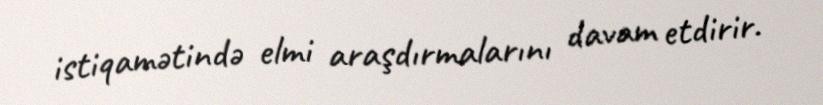
istiqamətində elmi araşdırmalarını davam etdirir.